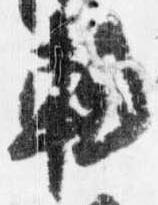
軾